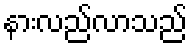
နားလည်လာသည်